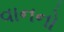
વાનનો